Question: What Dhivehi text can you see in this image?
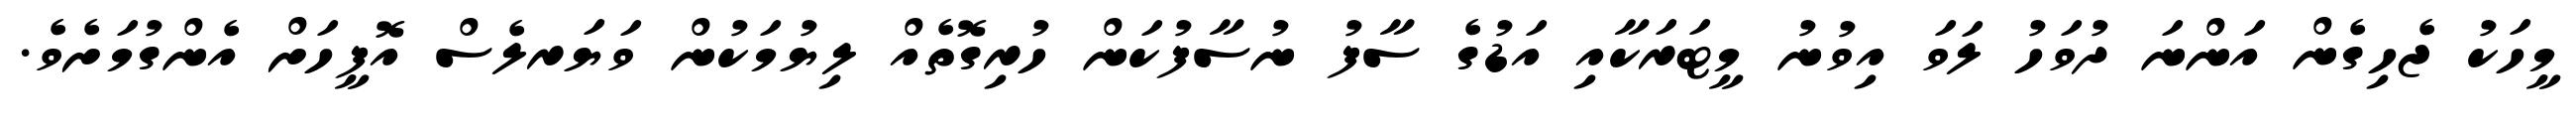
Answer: މީހަކު ޖެހިގެން އަންނަ ދުވަހު ލަވަ އިވުނު މީޓަރަކާއި އަޑުގެ ސާފު ނުސާފުކަން ހުރިގޮތެއް ލިޔުމަކުން ވަޔަރލެސް އޮފީހަށް އެންގުމަށެވެ.